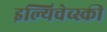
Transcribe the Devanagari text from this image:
इल्यिचेव्स्की